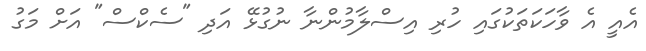
އެއީ އެ ވާހަކަތަކުގައި ހުރި އިސްލާމުންނާ ނުގުޅޭ އަދި "ސެކްސް" އަށް މަގު